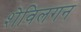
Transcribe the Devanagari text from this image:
शेविलगन